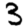
Digit: 3